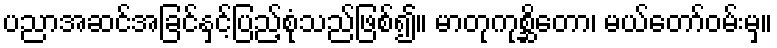
ပညာအဆင်အခြင်နှင့်ပြည့်စုံသည်ဖြစ်၍။ မာတုကုစ္ဆိတော၊ မယ်တော်ဝမ်းမှ။